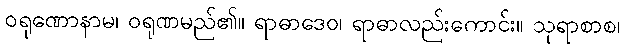
ဝရုဏောနာမ၊ ဝရုဏမည်၏။ ရာဓာဒေဝ၊ ရာဓာလည်းကောင်း။ သုရာစာစ၊